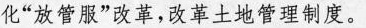
化”放管服”改革，改革土地管理制度。